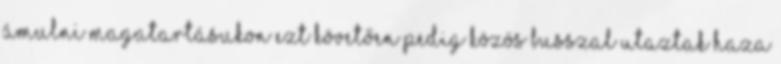
ámulni magatartásukon Ezt követően pedig közös busszal utaztak haza